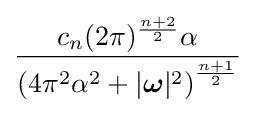
{\frac {c_{n}(2\pi )^{\frac {n+2}{2}}\alpha }{\left(4\pi ^{2}\alpha ^{2}+|{\boldsymbol {\omega }}|^{2}\right)^{\frac {n+1}{2}}}}